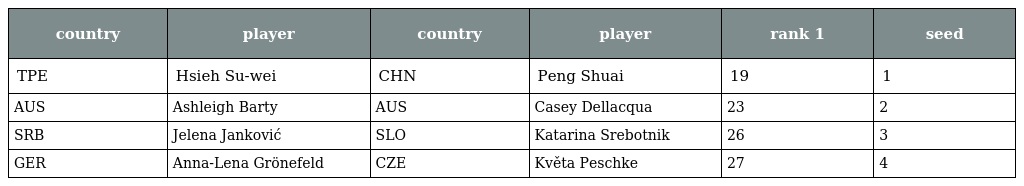
| country | player | country | player | rank 1 | seed |
 | --- | --- | --- | --- | --- | --- |
 | TPE | Hsieh Su-wei | CHN | Peng Shuai | 19 | 1 |
 | AUS | Ashleigh Barty | AUS | Casey Dellacqua | 23 | 2 |
 | SRB | Jelena Janković | SLO | Katarina Srebotnik | 26 | 3 |
 | GER | Anna-Lena Grönefeld | CZE | Květa Peschke | 27 | 4 |